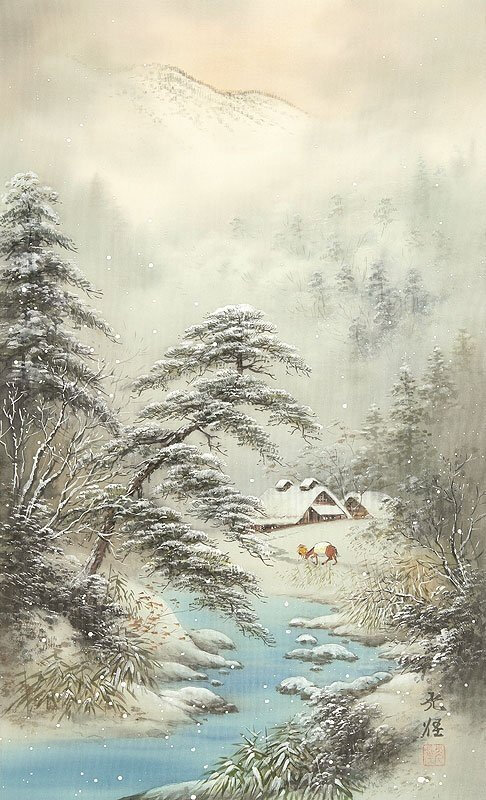
一条藤径绿，万点雪峰晴。